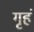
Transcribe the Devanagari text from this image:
गृहं